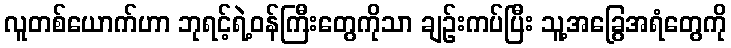
လူတစ်ယောက်ဟာ ဘုရင့်ရဲ့ဝန်ကြီးတွေကိုသာ ချဉ်းကပ်ပြီး သူ့အခြွေအရံတွေကို